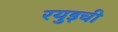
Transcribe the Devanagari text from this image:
रयुइची